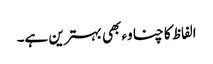
الفاظ کا چناوء بھی بہترین ہے۔